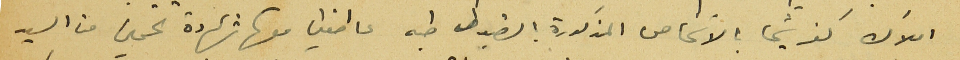
املاك كفرشيما بالاشخاص المذكورة الضبوط طيه عاطفين معها شهادة تخمين من السيد